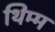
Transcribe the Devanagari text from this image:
थिम्म